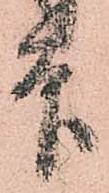
印